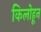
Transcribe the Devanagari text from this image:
किलोहून